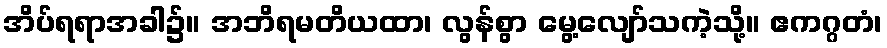
အိပ်ရရာအခါ၌။ အဘိရမတိယထာ၊ လွန်စွာ မွေ့လျော်သကဲ့သို့။ ဧကဂ္ဂတံ၊